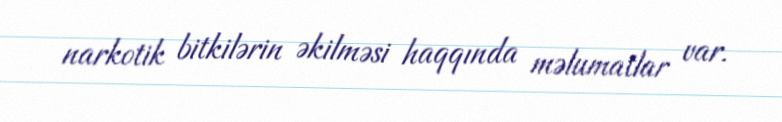
narkotik bitkilərin əkilməsi haqqında məlumatlar var.